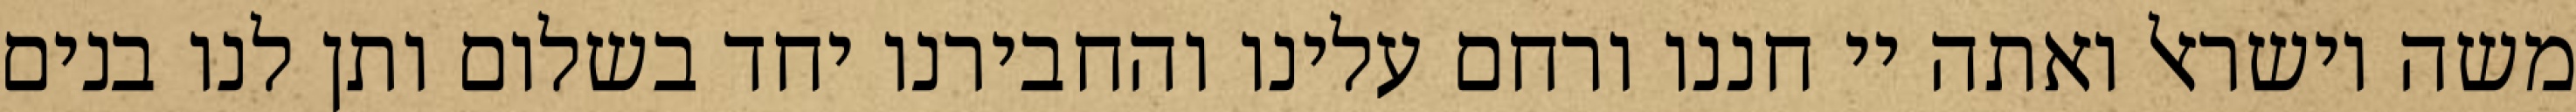
משה וישראל ואתה יי חננו ורחם עלינו והחבירנו יחד בשלום ותן לנו בנים